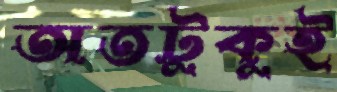
অতটুকুই